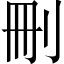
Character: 刪